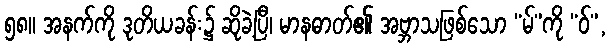
၅၈။ အနက်ကို ဒုတိယခန်း၌ ဆိုခဲ့ပြီ၊ မာနဓာတ်၏ အဗ္ဘာသဖြစ်သော “မ်”ကို “ဝ်”,